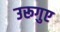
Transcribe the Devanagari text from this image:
उरूगुए